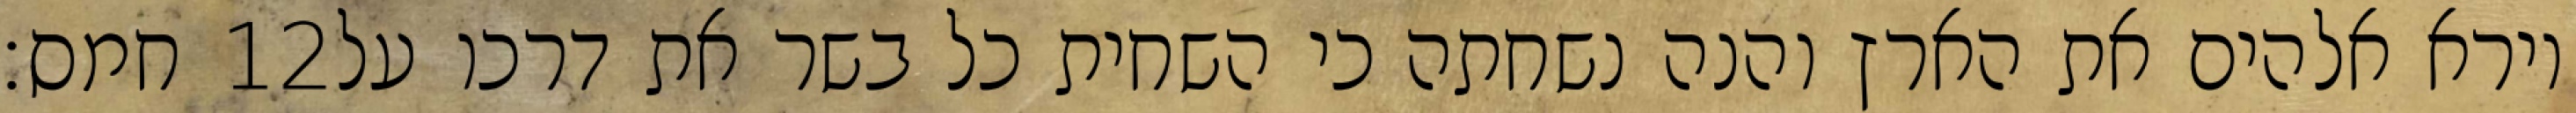
חמס׃ ‎12‏ וירא אלהים את הארץ והנה נשחתה כי השחית כל בשר את דרכו על